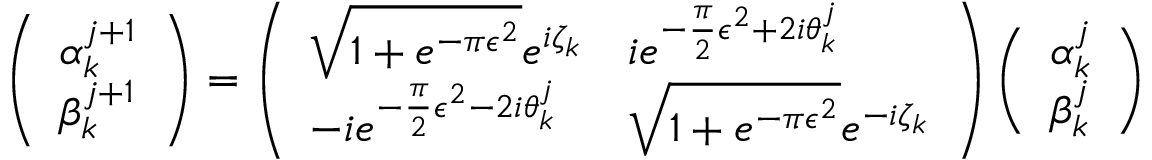
\left( \begin{array} { l } { { \alpha _ { k } ^ { j + 1 } } } \\ { { \beta _ { k } ^ { j + 1 } } } \end{array} \right) = \left( \begin{array} { l l } { { \sqrt { 1 + e ^ { - \pi \epsilon ^ { 2 } } } e ^ { i \zeta _ { k } } } } & { { i e ^ { - { { \frac { \pi } { 2 } } \epsilon ^ { 2 } } + 2 i \theta _ { k } ^ { j } } } } \\ { { - i e ^ { - { { \frac { \pi } { 2 } } \epsilon ^ { 2 } } - 2 i \theta _ { k } ^ { j } } } } & { { \sqrt { 1 + e ^ { - \pi \epsilon ^ { 2 } } } e ^ { - i \zeta _ { k } } } } \end{array} \right) \left( \begin{array} { l } { { \alpha _ { k } ^ { j } } } \\ { { \beta _ { k } ^ { j } } } \end{array} \right) \ \nonumber